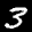
Label: 3